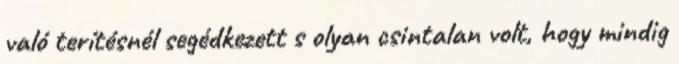
való terítésnél segédkezett s olyan csintalan volt, hogy mindig